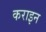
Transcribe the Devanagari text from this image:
कराइन